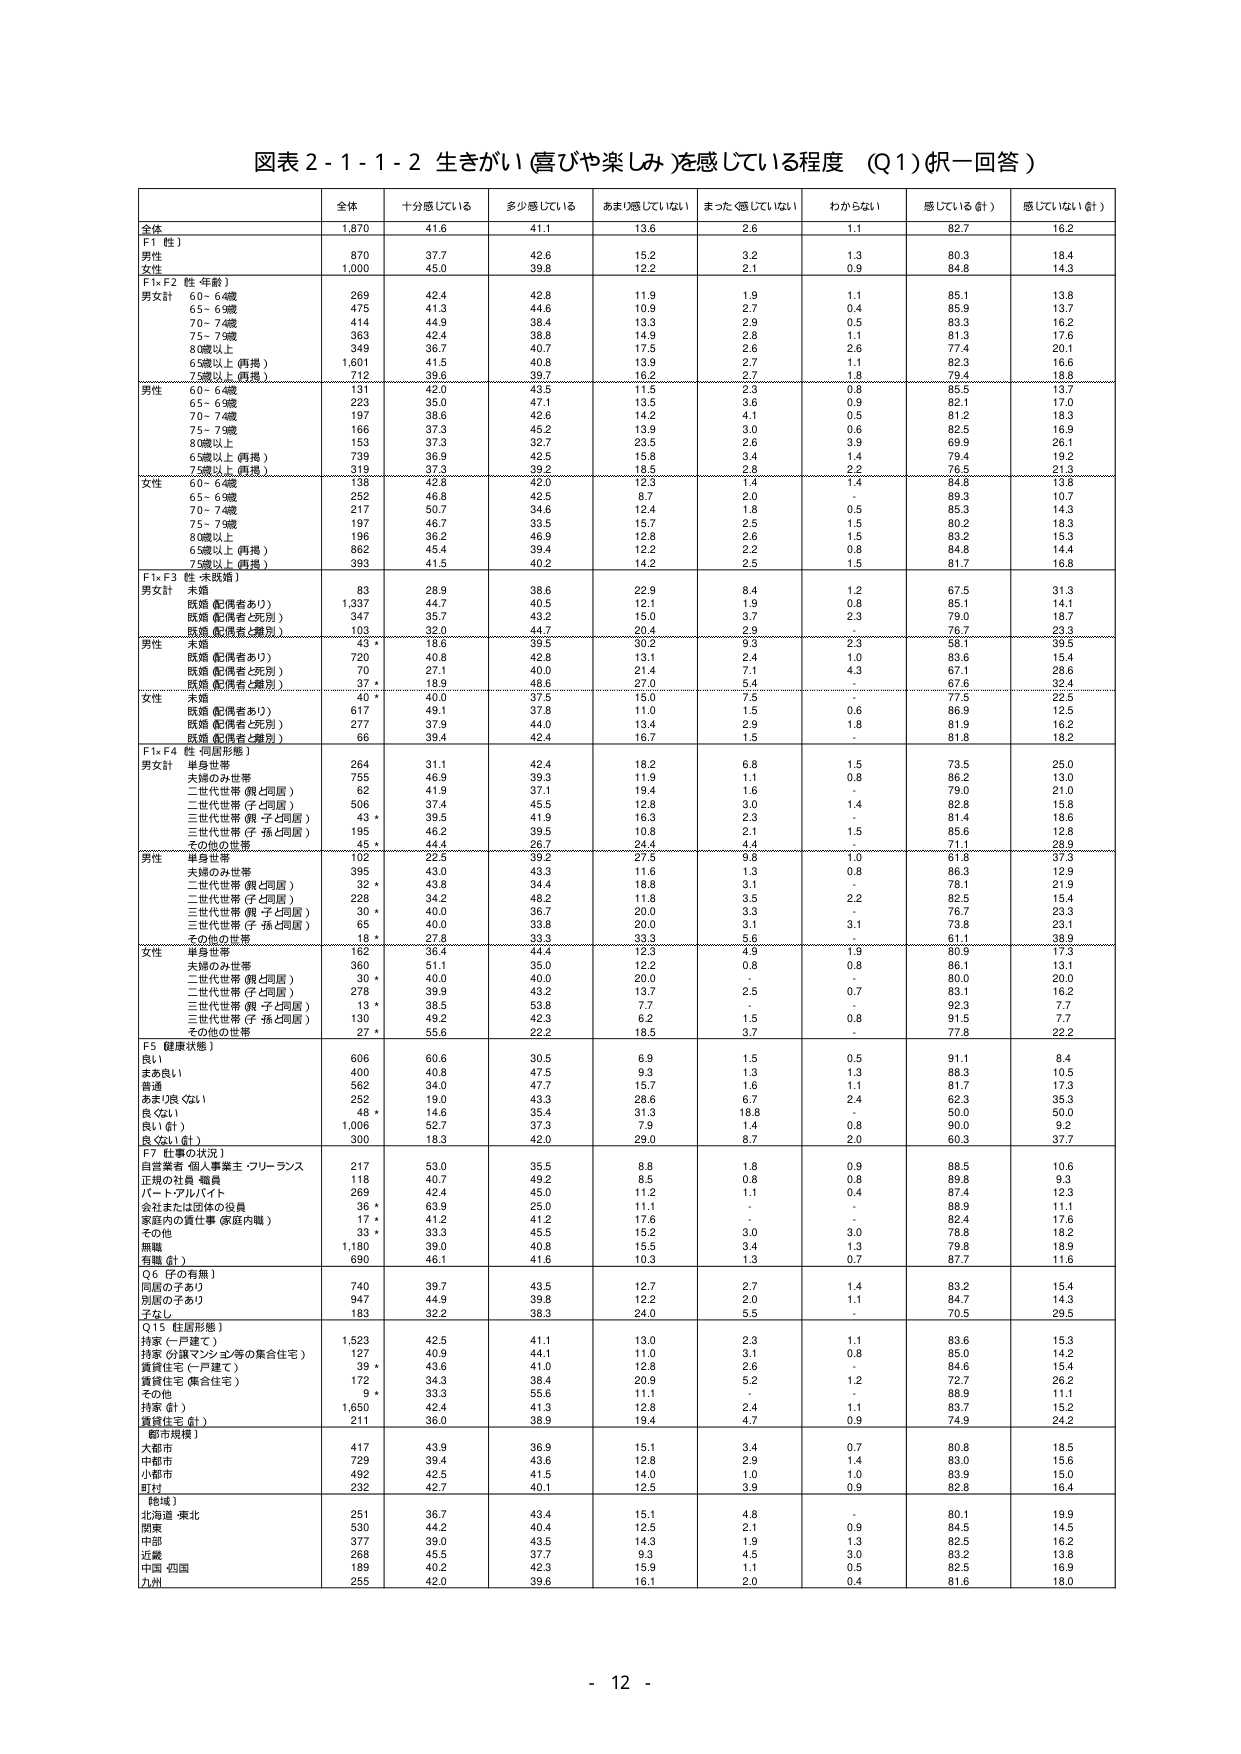
図表２-１-１-２ 生きがい（喜びや楽しみ）を感じている程度（Q1）（択一回答）

全体 十分感じている 多少感じている あまり感じていない まったく感じていない わからない 感じている（計） 感じていない（計）

全体 1,870 41.6 41.1 13.6 2.6 1.1 82.7 16.2

F1（性）
男性 870 37.7 42.6 15.2 3.2 1.3 80.3 18.4
女性 1,000 45.0 39.8 12.2 2.1 0.9 84.8 14.3

F1×F2（性・年齢）
男女計
60-64歳 269 42.4 42.8 11.9 1.9 1.1 85.1 13.8
65-69歳 475 41.3 44.6 10.9 2.7 0.4 85.9 13.7
70-74歳 414 44.9 38.4 13.3 2.9 0.5 83.3 16.2
75-79歳 363 42.4 38.8 14.9 2.8 1.1 81.3 17.6
80歳以上 349 36.7 40.7 17.5 2.6 2.6 77.4 20.1
65歳以上（再掲） 1,601 41.5 40.8 13.9 2.7 1.1 82.3 16.6
75歳以上（再掲） 712 39.6 39.7 16.2 2.7 1.8 79.4 18.8

男性
60-64歳 131 42.0 43.5 11.5 2.3 0.8 85.5 13.7
65-69歳 223 35.0 47.1 13.5 3.6 0.9 82.1 17.0
70-74歳 197 38.6 42.6 14.2 4.1 0.5 81.2 18.3
75-79歳 186 37.3 45.2 13.9 3.0 0.6 82.5 16.9
80歳以上 153 37.3 32.7 23.5 2.6 3.9 69.9 26.1
65歳以上（再掲） 739 36.9 42.5 15.8 3.4 1.4 79.4 19.2
75歳以上（再掲） 319 37.3 39.2 18.5 2.8 2.2 76.5 21.3

女性
60-64歳 138 42.8 42.0 12.3 1.4 1.4 84.8 13.8
65-69歳 252 46.8 42.5 8.7 2.0 - 89.3 10.7
70-74歳 217 50.7 34.6 12.4 1.8 0.5 85.3 14.3
75-79歳 197 46.7 33.5 15.7 2.5 1.5 80.2 18.3
80歳以上 196 36.2 46.9 12.8 2.6 1.5 83.2 15.3
65歳以上（再掲） 862 45.4 39.4 12.2 2.2 0.8 84.8 14.4
75歳以上（再掲） 393 41.5 40.2 14.2 2.5 1.5 81.7 16.8

F1×F3（性・未婚婚）
男女計
未婚 83 28.9 38.6 22.9 8.4 1.2 67.5 31.3
既婚（配偶者あり） 1,337 44.7 40.5 12.1 1.9 0.8 85.1 14.1
既婚（配偶者と死別） 347 35.7 43.2 15.0 3.7 2.3 79.0 18.7
既婚（配偶者と離別） 103 32.0 44.7 20.4 2.9 - 76.7 23.3

男性
未婚 43 * 18.6 39.5 30.2 9.3 2.3 58.1 39.5
既婚（配偶者あり） 720 40.8 42.8 13.1 2.4 1.0 83.6 15.4
既婚（配偶者と死別） 70 27.1 40.0 21.4 7.1 4.3 67.1 28.6
既婚（配偶者と離別） 37 * 18.9 48.6 27.0 5.4 - 67.6 32.4

女性
未婚 40 * 40.0 37.5 15.0 7.5 - 77.5 22.5
既婚（配偶者あり） 617 49.1 37.8 11.0 1.5 0.6 86.9 12.5
既婚（配偶者と死別） 277 37.9 44.0 13.4 2.9 1.8 81.9 16.2
既婚（配偶者と離別） 66 39.4 42.4 16.7 1.5 - 81.8 18.2

F1×F4（性・同居形態）
男女計
単身世帯 264 31.1 42.4 18.2 6.8 1.5 73.5 25.0
夫婦のみ世帯 755 46.9 39.3 11.9 1.1 0.8 86.2 13.0
二世代世帯（親と同居） 62 41.9 37.1 19.4 1.6 - 79.0 21.0
二世代世帯（子と同居） 506 37.4 45.5 12.8 3.0 1.4 82.8 15.8
三世代世帯（親・子と同居） 43 * 39.5 41.9 16.3 2.3 - 81.4 18.6
三世代世帯（子・孫と同居） 195 46.2 39.5 10.8 2.1 1.5 85.6 12.8
その他の世帯 45 * 44.4 26.7 24.4 4.4 - 71.1 28.9

男性
単身世帯 102 22.5 39.2 27.5 9.8 1.0 61.8 37.3
夫婦のみ世帯 395 43.0 43.3 11.6 1.3 0.8 86.3 12.9
二世代世帯（親と同居） 32 * 43.8 34.4 18.8 3.1 - 78.1 21.9
二世代世帯（子と同居） 228 34.2 48.2 11.8 3.5 2.2 82.5 15.4
三世代世帯（親・子と同居） 30 * 40.0 36.7 20.0 3.3 - 76.7 23.3
三世代世帯（子・孫と同居） 65 40.0 33.8 20.0 3.1 3.1 73.8 23.1
その他の世帯 18 * 27.8 33.3 33.3 5.6 - 61.1 38.9

女性
単身世帯 162 36.4 44.4 12.3 4.9 1.9 80.9 17.3
夫婦のみ世帯 360 51.1 35.0 12.2 0.8 0.8 86.1 13.1
二世代世帯（親と同居） 30 * 40.0 40.0 20.0 - - 80.0 20.0
二世代世帯（子と同居） 278 39.9 43.2 13.7 2.5 0.7 83.1 16.2
三世代世帯（親・子と同居） 13 * 38.5 53.8 7.7 - - 92.3 7.7
三世代世帯（子・孫と同居） 130 49.2 42.3 6.2 1.5 0.8 91.5 7.7
その他の世帯 27 * 55.6 22.2 18.5 3.7 - 77.8 22.2

F5（健康状態）
良い 606 60.6 30.5 6.9 1.5 0.5 91.1 8.4
まあ良い 400 40.8 47.5 9.3 1.3 1.3 88.3 10.5
普通 562 34.0 47.7 15.7 1.6 1.1 81.7 17.3
あまり良くない 252 19.0 43.3 28.6 6.7 2.4 62.3 35.3
良くない 48 * 14.6 35.4 31.3 18.8 - 50.0 50.0
良い（計） 1,006 52.7 37.3 7.9 1.4 0.8 90.0 9.2
良くない（計） 300 18.3 42.0 29.0 8.7 2.0 60.3 37.7

F7（仕事の状況）
自営業者・個人事業主・フリーランス 217 53.0 35.5 8.8 1.8 0.9 88.5 10.6
正規の社員・職員 118 40.7 49.2 6.5 0.8 0.8 89.8 9.3
パート・アルバイト 269 42.4 45.0 11.2 1.1 0.4 87.4 12.3
会社または団体の役員 36 * 63.9 25.0 11.1 - - 88.9 11.1
家庭内の責任事（家庭内職） 17 * 41.2 41.2 17.6 - - 82.4 17.6
その他 33 * 33.3 45.5 15.2 3.0 3.0 78.8 18.2
無職 1,180 39.0 40.8 15.5 3.4 1.3 79.8 18.9
有職（計） 690 46.1 41.6 10.3 1.3 0.7 87.7 11.6

Q6（子の有無）
同居の子あり 740 39.7 43.5 12.7 2.7 1.4 83.2 15.4
別居の子あり 947 44.9 39.8 12.2 2.0 1.1 84.7 14.3
子なし 183 32.2 38.3 24.0 5.5 - 70.5 29.5

Q15（住居形態）
持家（一戸建て） 1,523 42.5 41.1 13.0 2.3 1.1 83.6 15.3
持家（分譲マンション等の集合住宅） 127 40.9 44.1 11.0 3.1 0.8 85.0 14.2
賃貸住宅（一戸建て） 39 * 43.6 41.0 12.8 2.6 - 84.6 15.4
賃貸住宅（集合住宅） 172 34.3 38.4 20.9 5.2 1.2 72.7 26.2
その他 9 * 33.3 55.6 11.1 - - 88.9 11.1
持家（計） 1,650 42.4 41.3 12.8 2.4 1.1 83.7 15.2
賃貸住宅（計） 211 36.0 38.9 19.4 4.7 0.9 74.9 24.2

（都市規模）
大都市 417 43.9 36.9 15.1 3.4 0.7 80.8 18.5
中都市 729 39.4 43.6 12.8 2.9 1.4 83.0 15.6
小都市 492 42.5 41.5 14.0 1.0 1.0 83.9 15.0
町村 232 42.7 40.1 12.5 3.9 0.9 82.8 16.4

（地域）
北海道・東北 251 36.7 43.4 15.1 4.8 - 80.1 19.9
関東 530 44.2 40.4 12.5 2.1 0.9 84.5 14.5
中部 377 39.0 43.5 14.3 1.9 1.3 82.5 16.2
近畿 268 45.5 37.7 9.3 4.5 3.0 83.2 13.8
中国・四国 189 40.2 42.3 15.9 1.1 0.5 82.5 16.9
九州 255 42.0 39.6 16.1 2.0 0.4 81.6 18.0

- 12 -